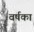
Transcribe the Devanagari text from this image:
वर्षका